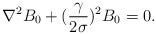
LaTeX: \begin{align*}\nabla^2B_0+({{\gamma}\over{2\sigma}})^2B_0=0.\end{align*}